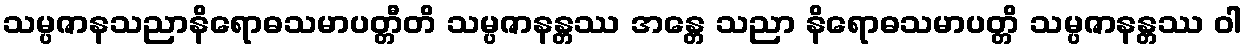
သမ္ပဇာနသညာနိရောဓသမာပတ္တီတိ သမ္ပဇာနန္တဿ အန္တေ သညာ နိရောဓသမာပတ္တိ သမ္ပဇာနန္တဿ ဝါ